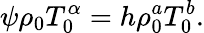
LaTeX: \psi\rho_{0}T_{0}^{\alpha}=h\rho_{0}^{a}T_{0}^{b}.